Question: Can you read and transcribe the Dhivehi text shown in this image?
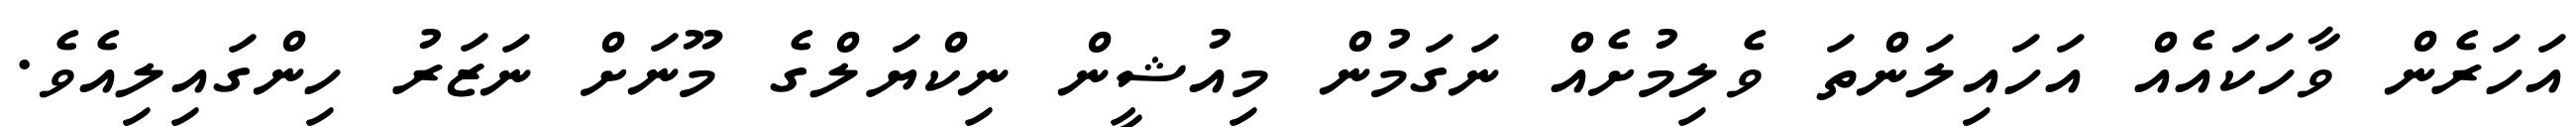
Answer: އަހަރެން ވާހަކައެއް އަހައިލަންތަ ވެލިމުށެއް ނަގަމުން މިއުޝީން ނިކްޔަލްގެ މޫނަށް ނަޒަރު ހިންގައިލިއެވެ.